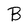
Character: B